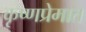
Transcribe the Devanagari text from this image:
कृष्णप्रेमात